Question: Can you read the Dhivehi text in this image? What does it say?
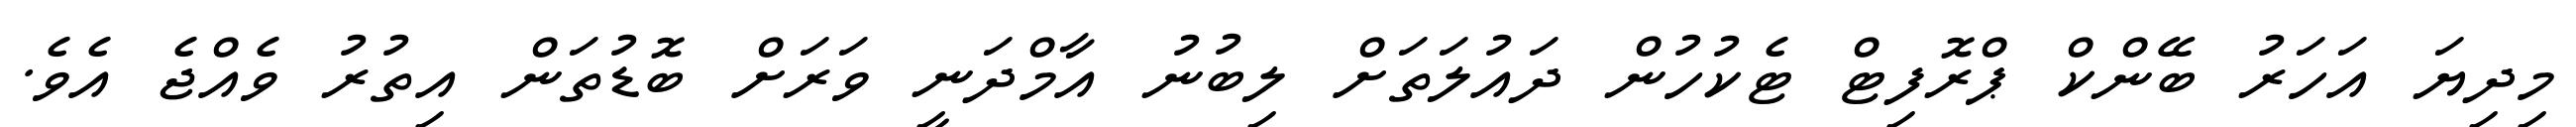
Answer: މިދިޔަ އަހަރު ބޭންކް ޕްރޮފިޓް ޓެކުހުން ދައުލަތަށް ލިބުނު އާމްދަނީ ވަރަށް ބޮޑުތަން އިތުރު ވެއްޖެ އެވެ.